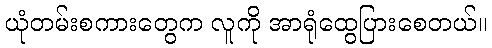
ယုံတမ်းစကားတွေက လူကို အာရုံထွေပြားစေတယ်။